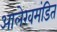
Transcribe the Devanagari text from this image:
आलेखमंडित